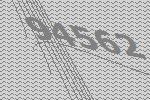
94562